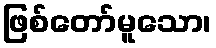
ဖြစ်တော်မူသော၊